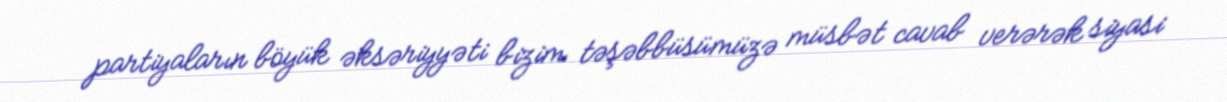
partiyaların böyük əksəriyyəti bizim təşəbbüsümüzə müsbət cavab verərək siyasi